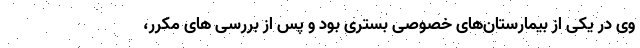
وی در یکی از بیمارستان‌های خصوصی بستری بود و پس از بررسی های مکرر،